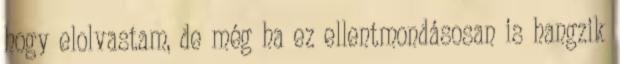
hogy elolvastam, de még ha ez ellentmondásosan is hangzik